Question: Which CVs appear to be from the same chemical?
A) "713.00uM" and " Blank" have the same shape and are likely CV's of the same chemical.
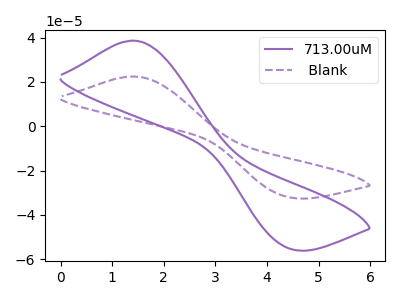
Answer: <think>The purple curve "713.00uM" has an anodic peak at (1.40V, 38.60uA) and a cathodic peak at (4.40V, -54.95uA). The purple dashed curve " Blank" has an anodic peak at (1.40V, 22.45uA) and a cathodic peak at (4.40V, -31.95uA).
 All the peaks in "713.00uM" have a peak in " Blank" at the same potential. Every peak in "713.00uM" is higher than every peak in " Blank".</think>
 <answer>A) "713.00uM" and " Blank" have the same shape and are likely CV's of the same chemical.</answer>
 <eval>A</eval>